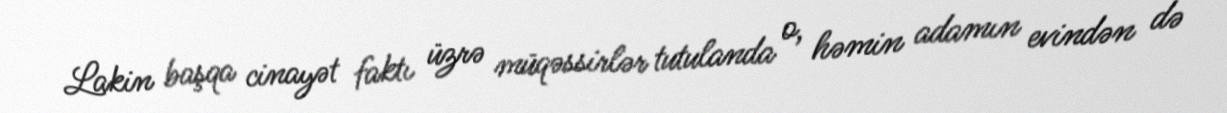
Lakin başqa cinayət faktı üzrə müqəssirlər tutulanda o, həmin adamın evindən də